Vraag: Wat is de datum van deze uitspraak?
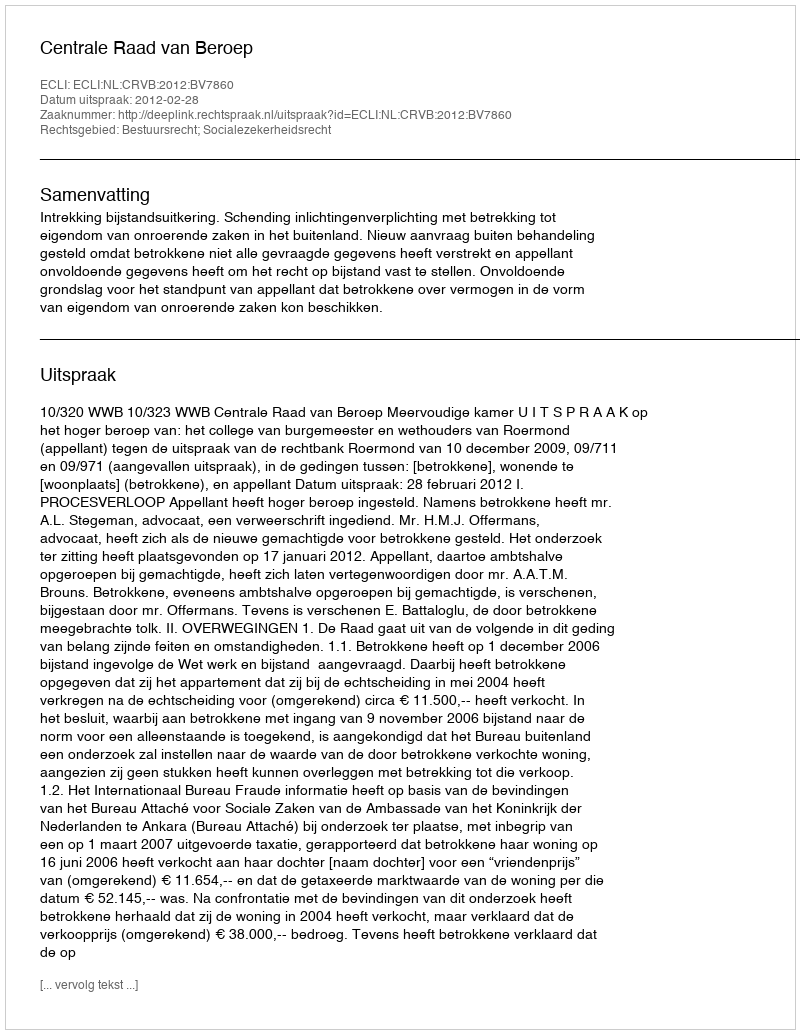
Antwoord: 2012-02-28